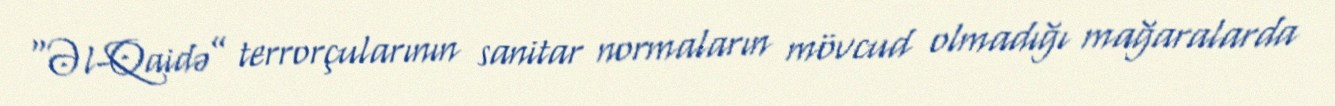
“Əl-Qaidə” terrorçularının sanitar normaların mövcud olmadığı mağaralarda